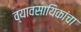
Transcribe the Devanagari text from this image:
व्यावसायिकांचा